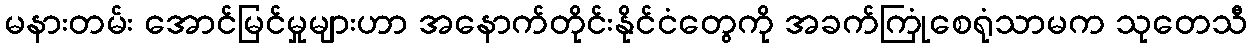
မနားတမ်း အောင်မြင်မှုများဟာ အနောက်တိုင်းနိုင်ငံတွေကို အခက်ကြုံစေရုံသာမက သုတေသီ